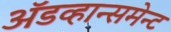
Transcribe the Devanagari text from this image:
अॅडव्हान्समेन्ट